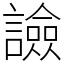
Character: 譣